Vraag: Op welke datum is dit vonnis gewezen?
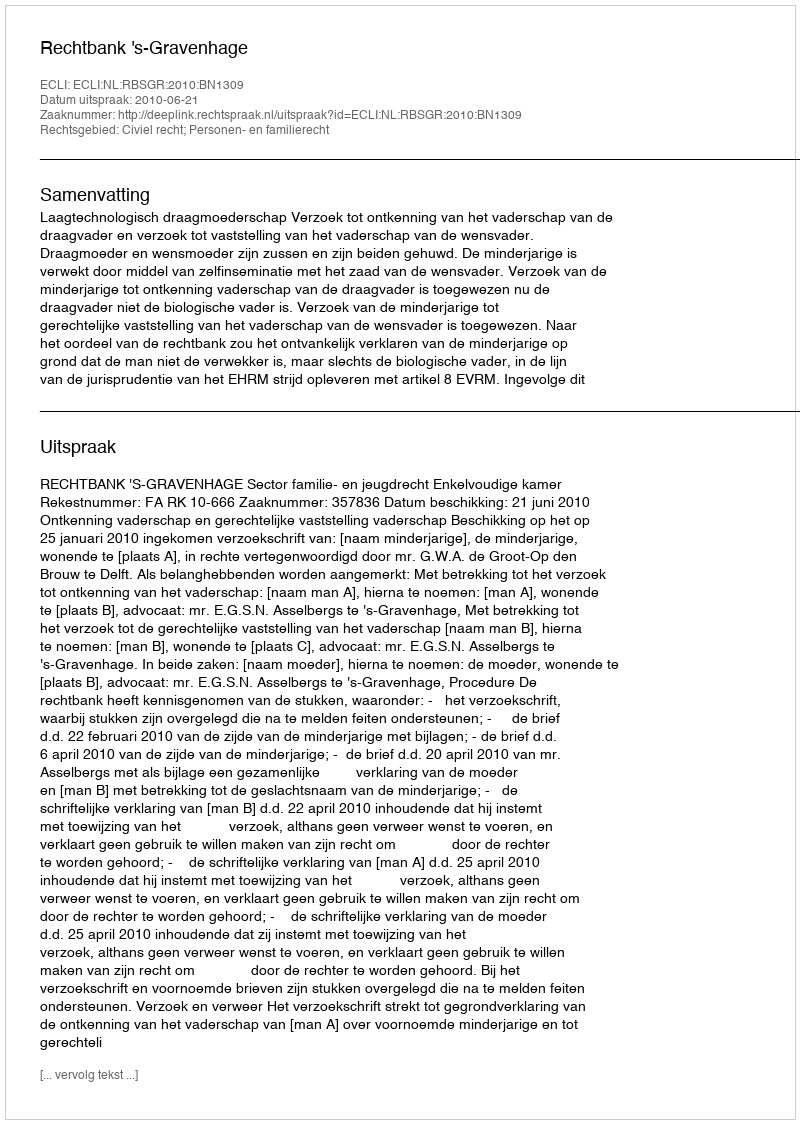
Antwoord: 2010-06-21